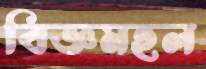
বিজ্ঞমহল